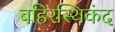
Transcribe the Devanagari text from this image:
बहिरस्थिकंद